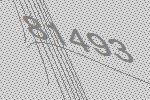
81493